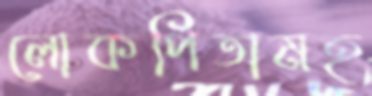
লোকপিতামহ